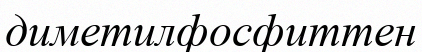
диметилфосфиттен